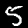
Label: 5